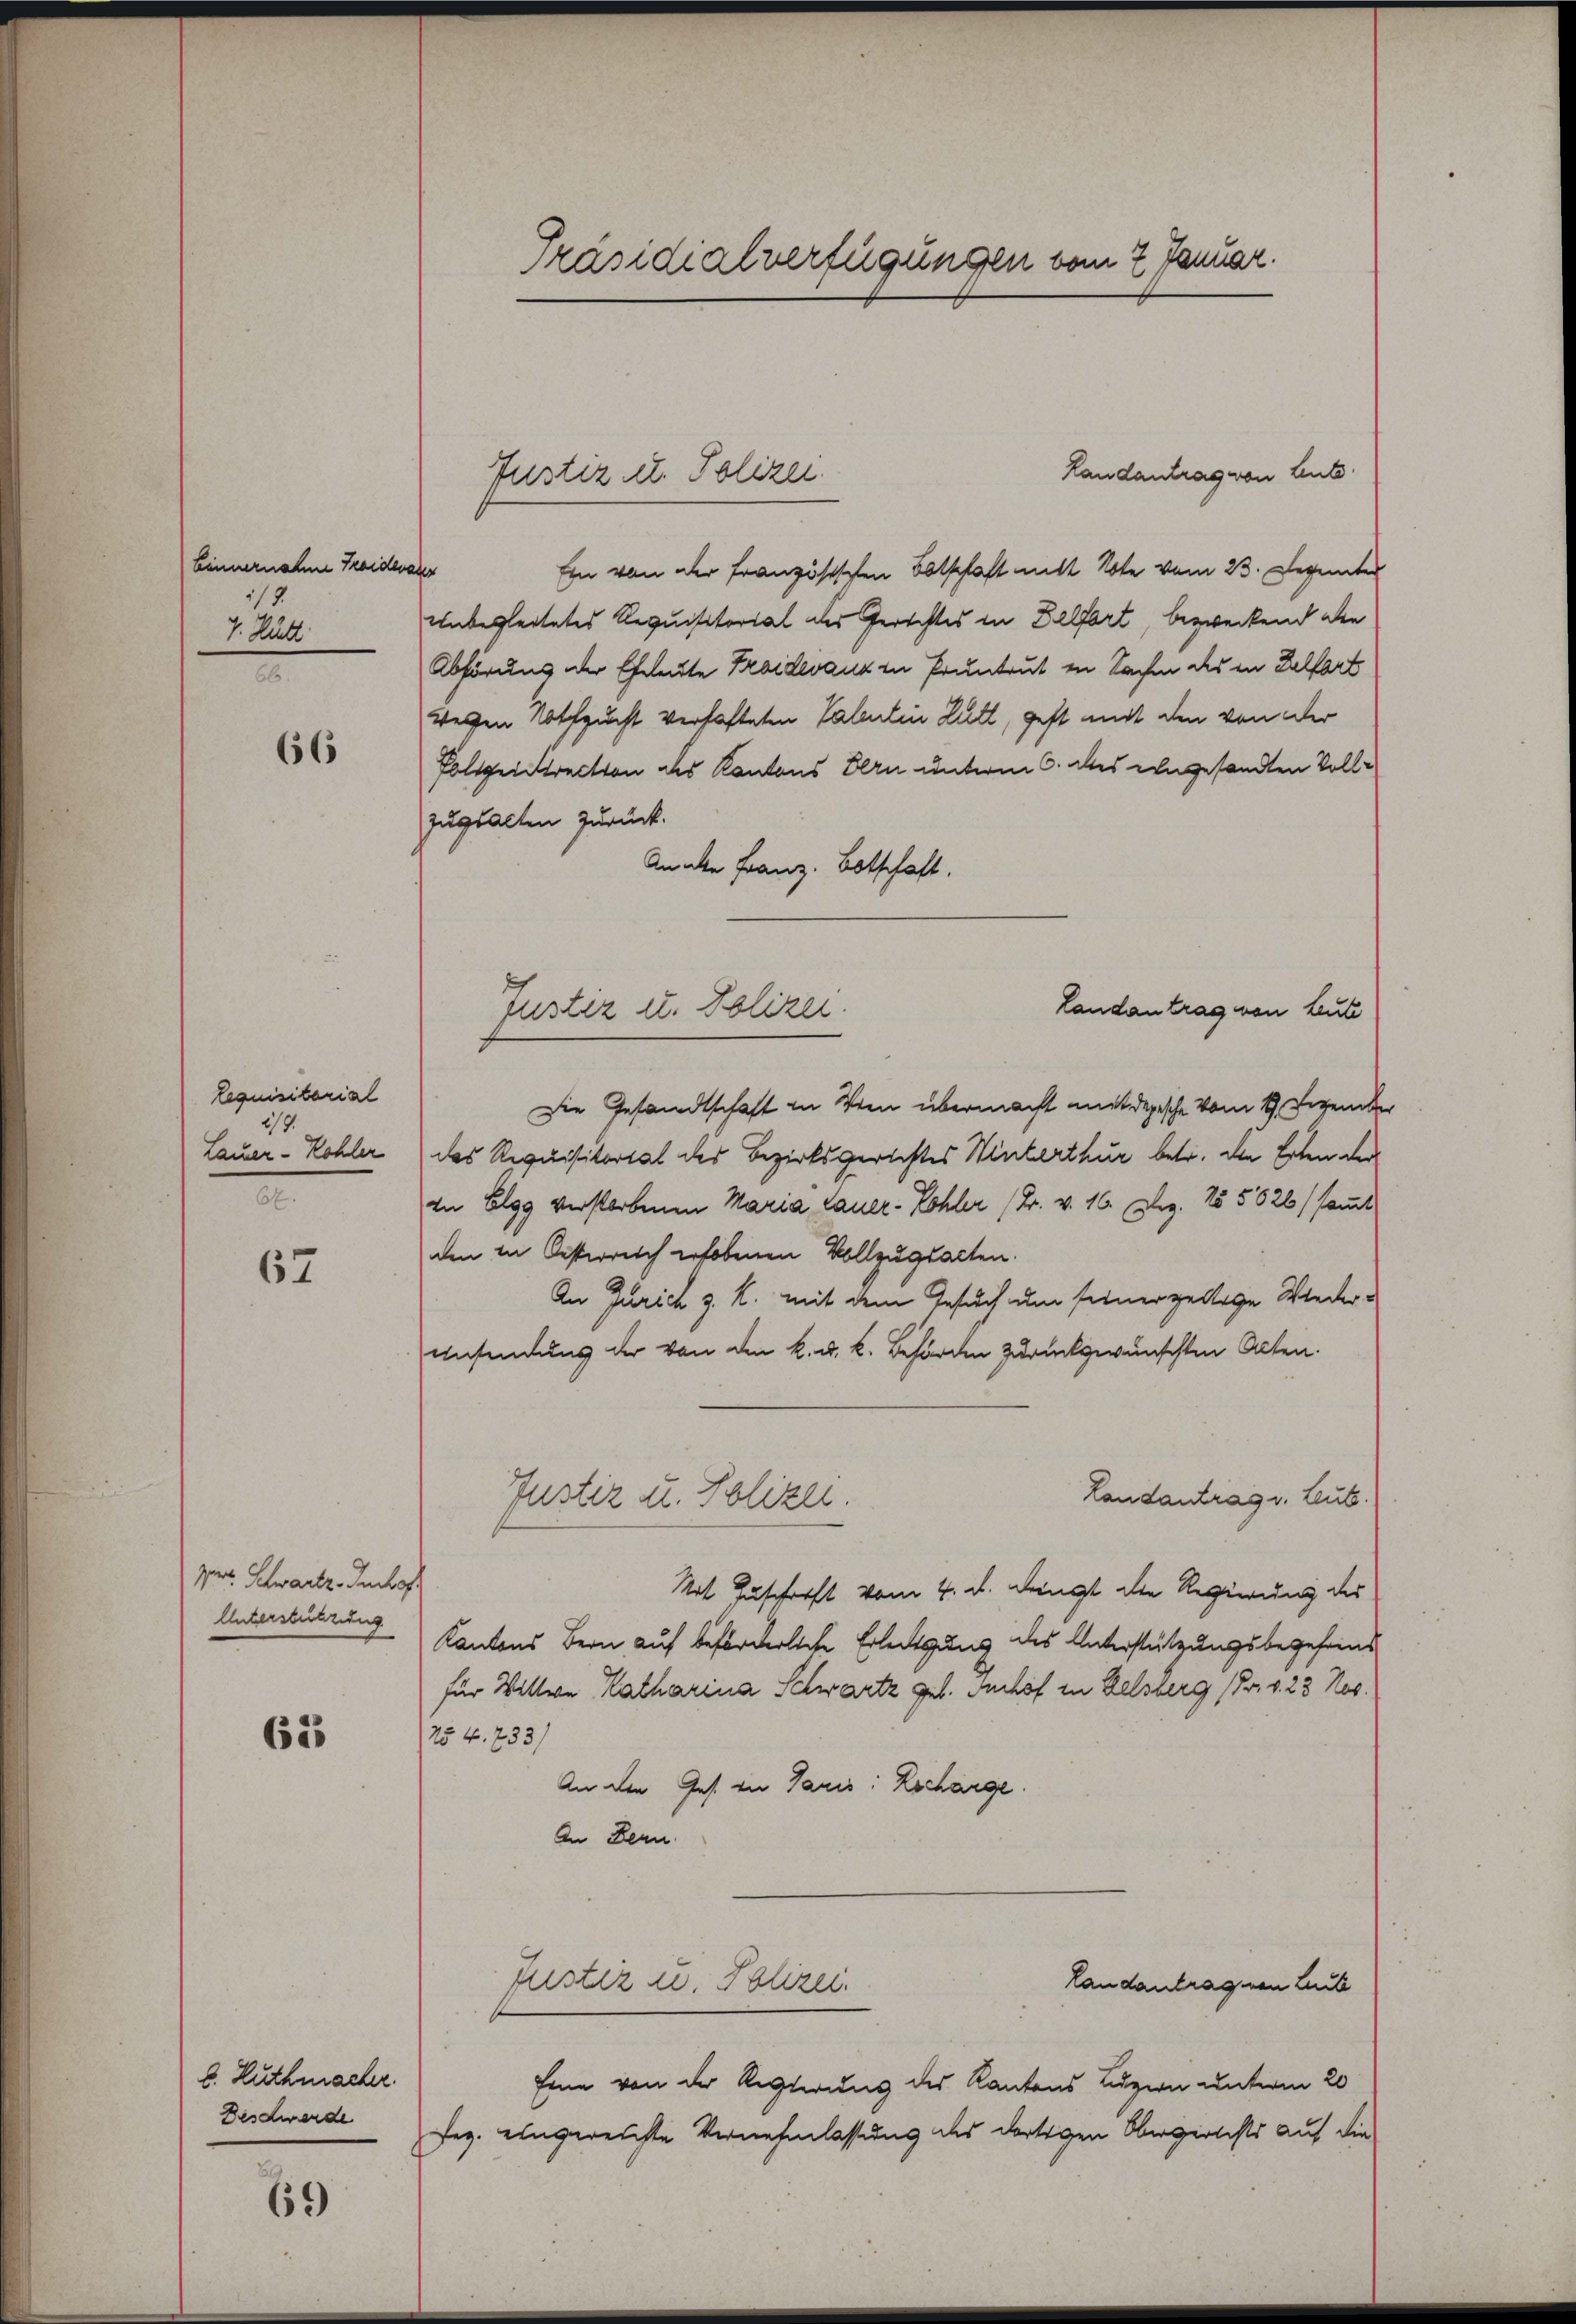
Linnernahm Traidera
15
4. Rutt

66

lequisitarial
277.
Lauer- Kohler
.

67

Ver. Schwartz. Imhof
Unterstützung

625

69

b. Huthmacher.
Beschwerde

Präsidialverfügungen vom 2 Januar.

Landantrag von Leute
f
Ein von der französischen Botschaft mit Note vom 23. Dezember
unbegleitetes Requisitorial der Gerichtes in Belfort, bezweckend die
Abhörung der Eheleute Traidevanz in Pruntrut in Sachen des in Delfort
werfen Nothzucht verhafteten Tabulin Zutt, geht mit den von der
Polizeirection des Kantons Bern unterm 6. des eingesandten Volljuglatten zurück.
Anakte Franz. Botschaft.
Landantrag von Leute
Die Gesandtschaft in Wien übermacht mit depesche vom 14. Dezember
das Requisitorial des Bezirksgerichtes Winterthur betr. den Erten der
In Elgg verstorbenen Maria Lauer- Kohler (Br. v. 16. Dez. 155526 (samt
den in Oesterreich erhobenen Vollzugsacten.
An Zürich z. R. mit dem Gesuch um seinerzellige Wiederansendung der von den k. u. k. Behörden zurückwünschten Alten.
Landantrag v. Leute.
Justiz u. Polizei.
Mit Zuschrift vom 4. d. dringt die Regierung des
Kantons Bern auf beförderliche Erledigung des Unterstützungsbegehrens
für Wittwe Katharina Schwartz geb. Suchof in Delsberg (Pr. v. 23 Nos.
254. 733)
An den Ges. in Janis: Locharge.
An Bern
Justiz u. Polizei.
Landantrag von Leb
Eine von der Regierung des Kantons Luzern unterm 20
fez. eingereichte Vernehmlassung des dortigen Obergerichts auf die

Justiz u. Polizei.

Justiz u. Polizei.